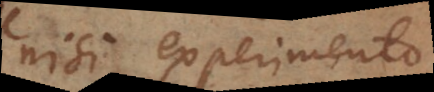
nisi experimento